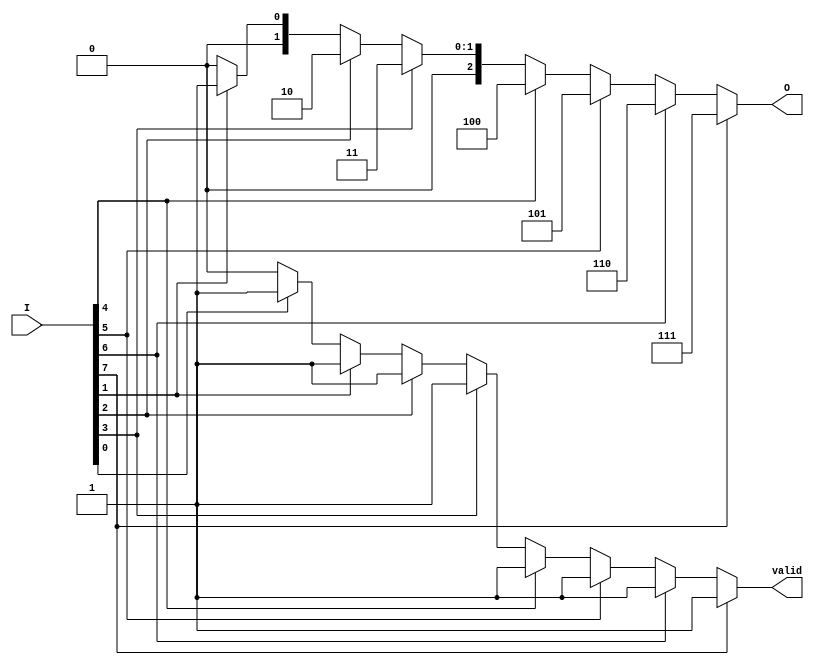
module encoder_8to3 (
    input wire [7:0] I,   // 8 input lines
    output reg [2:0] O,   // 3-bit output
    output reg valid       // Output valid signal
);

    always @(*) begin
        // Default outputs
        O = 3'b000;          // Default to invalid output
        valid = 1'b0;       // Default to invalid state

        case (1'b1) // Check for the highest priority active input
            I[7]: begin O = 3'b111; valid = 1'b1; end
            I[6]: begin O = 3'b110; valid = 1'b1; end
            I[5]: begin O = 3'b101; valid = 1'b1; end
            I[4]: begin O = 3'b100; valid = 1'b1; end
            I[3]: begin O = 3'b011; valid = 1'b1; end
            I[2]: begin O = 3'b010; valid = 1'b1; end
            I[1]: begin O = 3'b001; valid = 1'b1; end
            I[0]: begin O = 3'b000; valid = 1'b1; end
            default: begin
                O = 3'b000; // Invalid state output
                valid = 1'b0; // No active input
            end
        endcase
    end

endmodule